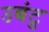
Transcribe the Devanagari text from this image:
उबंटु